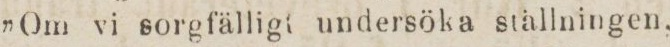
”Om vi sorgfälligt undersöka ställningen,